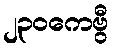
၂၃၀ကေဗွီ